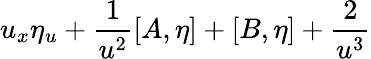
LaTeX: u_{x}\eta_{u}+\frac{1}{u^{2}}[A,\eta]+[B,\eta]+\frac{2}{u^{3}}